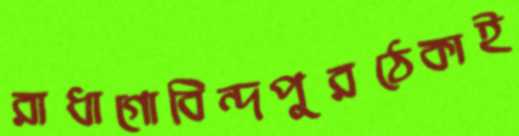
রাধাগোবিন্দপুরঠেকাই